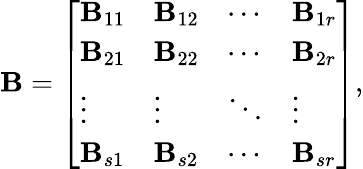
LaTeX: \mathbf{B}={\left[\begin{array}{llll}{\mathbf{B}_{11}}&{\mathbf{B}_{12}}&{\cdots}&{\mathbf{B}_{1r}}\\ {\mathbf{B}_{21}}&{\mathbf{B}_{22}}&{\cdots}&{\mathbf{B}_{2r}}\\ {\vdots}&{\vdots}&{\ddots}&{\vdots}\\ {\mathbf{B}_{s1}}&{\mathbf{B}_{s2}}&{\cdots}&{\mathbf{B}_{sr}}\end{array}\right]},